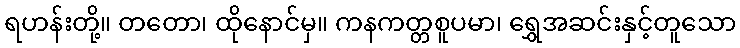
ရဟန်းတို့။ တတော၊ ထိုနောင်မှ။ ကနကတ္တစူပမာ၊ ရွှေအဆင်းနှင့်တူသော